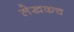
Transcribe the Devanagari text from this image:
लेखकच